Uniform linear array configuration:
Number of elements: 24
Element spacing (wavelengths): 1
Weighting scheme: kaiser
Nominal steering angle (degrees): -45
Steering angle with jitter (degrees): -46.348
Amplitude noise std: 0.05
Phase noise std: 0.05

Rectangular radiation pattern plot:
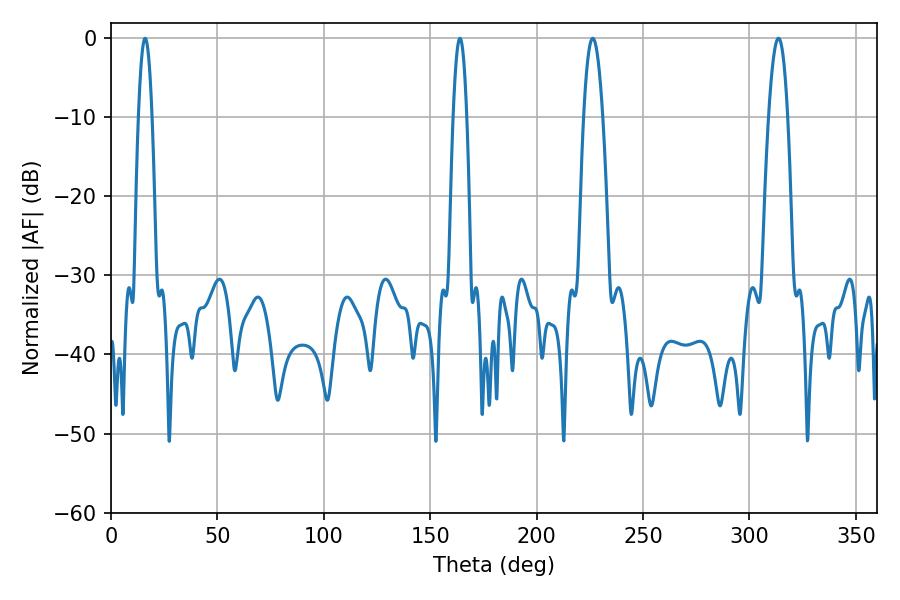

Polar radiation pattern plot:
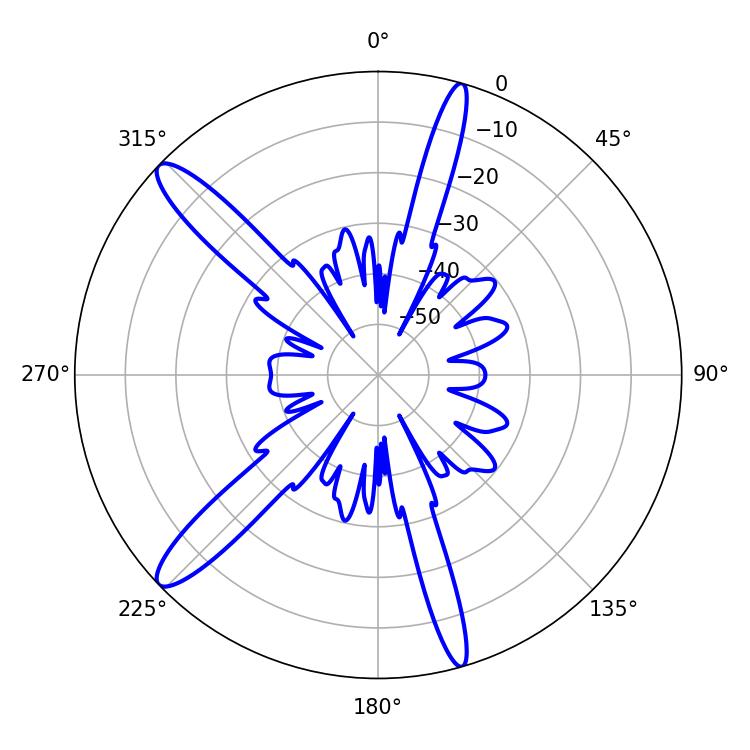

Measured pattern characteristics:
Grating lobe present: TRUE
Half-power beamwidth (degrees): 3.42
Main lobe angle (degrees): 16.02